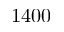
1 4 0 0